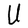
Character: U